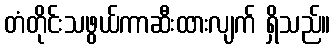
တံတိုင်းသဖွယ်ကာဆီးထားလျက် ရှိသည်။